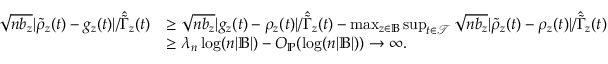
\begin{array} { r l } { \sqrt { n b _ { z } } | \tilde { \rho } _ { z } ( t ) - g _ { z } ( t ) | / \hat { \tilde { \Gamma } } _ { z } ( t ) } & { \geq \sqrt { n b _ { z } } | g _ { z } ( t ) - \rho _ { z } ( t ) | / \hat { \tilde { \Gamma } } _ { z } ( t ) - \operatorname* { m a x } _ { z \in \mathbb { B } } \operatorname* { s u p } _ { t \in \mathcal { T } } \sqrt { n b _ { z } } | \tilde { \rho } _ { z } ( t ) - \rho _ { z } ( t ) | / \hat { \tilde { \Gamma } } _ { z } ( t ) } \\ & { \geq \lambda _ { n } \log ( n | \mathbb { B } | ) - O _ { \mathbb { P } } ( \log ( n | \mathbb { B } | ) ) \to \infty . } \end{array}